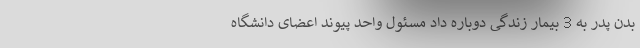
بدن پدر به 3 بیمار زندگی دوباره داد مسئول واحد پیوند اعضای دانشگاه